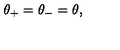
\: \theta _ { + } = \theta _ { - } = \theta , \: